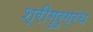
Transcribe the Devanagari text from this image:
श्रीगुरुग्रंथ